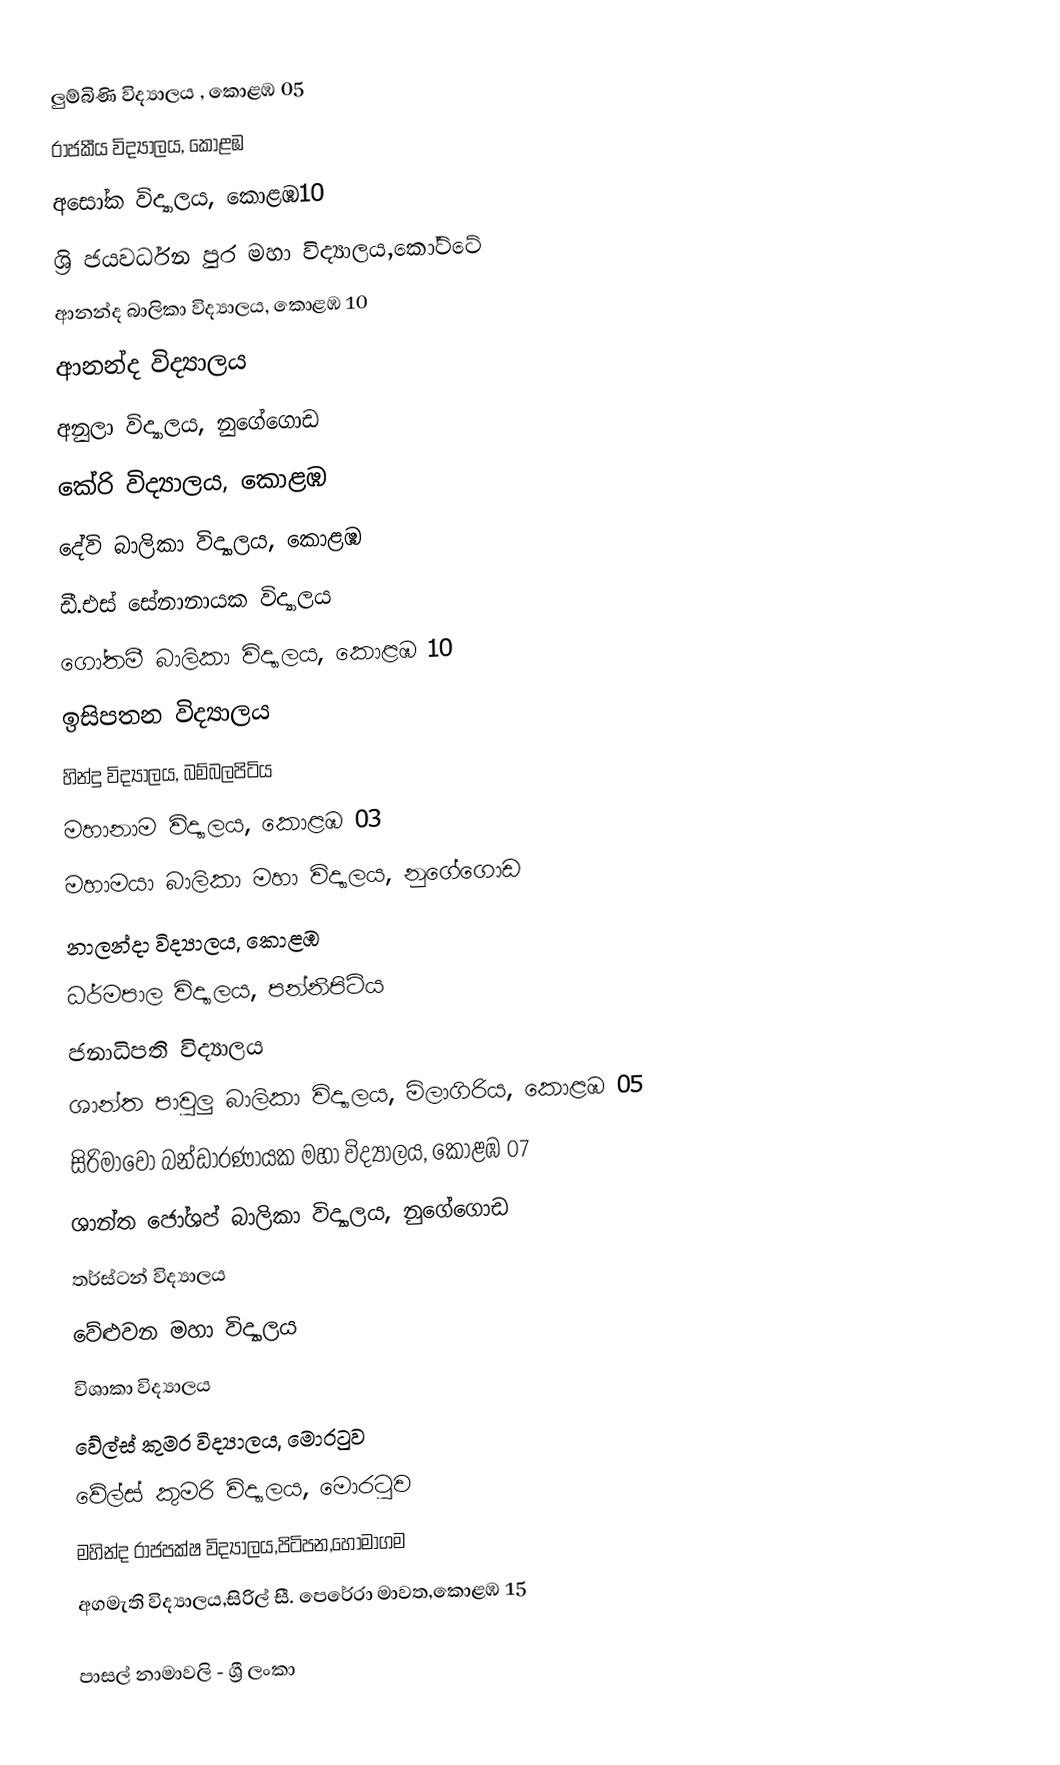
ලුම්බිණි විද්‍යාලය , කොළඹ 05
 රාජකීය විද්‍යාලය, කොළඹ
 අසෝක විද්‍යාලය, කොළඹ10
 ශ්‍රි ජයවර්ධන පුර මහා විද්‍යාලය,කෝට්ටේ
 ආනන්ද බාලිකා විද්‍යාලය, කොළඹ 10
 ආනන්ද විද්‍යාලය
 අනුලා විද්‍යාලය, නුගේගොඩ
 කේරි විද්‍යාලය, කොළඹ
 දේවි බාලිකා විද්‍යාලය, කොළඹ
 ඩී.එස් සේනානායක විද්‍යාලය
 ගෝතමී බාලිකා විද්‍යාලය, කොළඹ 10
 ඉසිපතන විද්‍යාලය
 හින්දු  විද්‍යාලය, බම්බලපිටිය
 මහානාම විද්‍යාලය, කොළඹ 03
 මහාමයා බාලිකා මහා විද්‍යාලය, නුගේගොඩ
 නාලන්දා විද්‍යාලය, කොළඹ
 ධර්මපාල විද්‍යාලය, පන්නිපිටිය
 ජනාධිපති විද්‍යාලය
 ශාන්ත පාවුලු බාලිකා විද්‍යාලය, මිලාගිරිය, කොළඹ 05
 සිරිමාවෝ බන්ඩාරණායක මහා විද්‍යාලය, කොළඹ 07
 ශාන්ත ජෝශප් බාලිකා විද්‍යාලය, නුගේගොඩ
 තර්ස්ටන් විද්‍යාලය
 වේළුවන මහා විද්‍යාලය
 විශාකා විද්‍යාලය
 වේල්ස් කුමර විද්‍යාලය, මොරටුව
 වේල්ස් කුමරි විද්‍යාලය, මොරටුව
 මහින්ද රාජපක්ෂ විද්‍යාලය,පිටිපන,හෝමාගම
අගමැති විද්‍යාලය,සිරිල් සී. පෙරේරා මාවත,කොළඹ 15

පාසල් නාමාවලි - ශ්‍රී ලංකා